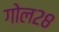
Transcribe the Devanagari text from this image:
गोल२८